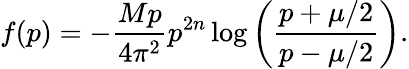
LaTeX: f(p)=-\frac{Mp}{4\pi^{2}}{p^{2n}}\log\left(\frac{p+\mu/2}{p-\mu/2}\right).